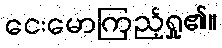
ငေးမောကြည့်ရှု၏။